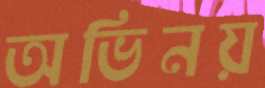
অভিনয়